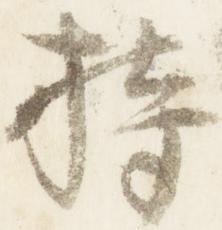
持